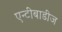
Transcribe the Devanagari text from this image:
एन्टीबाडीज